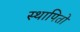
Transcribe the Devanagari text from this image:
स्थापितो